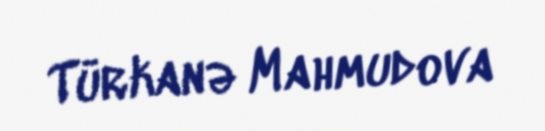
Türkanə Mahmudova